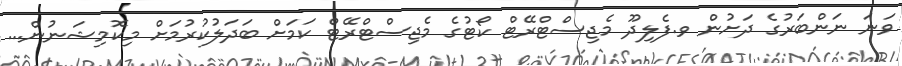
ވަނަ ނަންބަރުގެ ދަށުން ވ.ފެލިދޫ މެޖިސްޓްރޭޓް ކޯޓުގެ މެޖިސްޓްރޭޓް ކަމަށް ބަދަލުކުރުމަށް މިކޮމިޝަނުން...